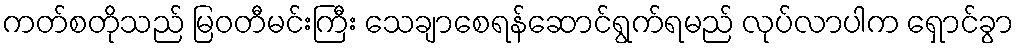
ကတ်စတိုသည် မြဝတီမင်းကြီး သေချာစေရန်ဆောင်ရွက်ရမည် လုပ်လာပါက ရှောင်ခွာ